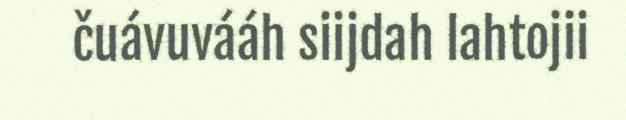
čuávuvááh siijdah lahtojii